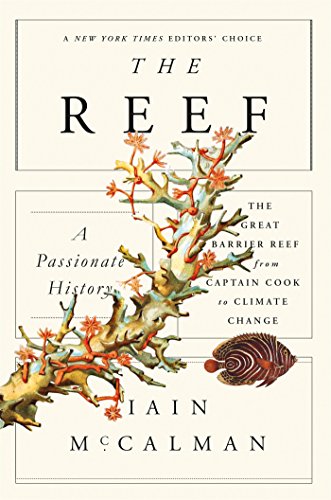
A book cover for The Reef: A Passionate History: The Great Barrier Reef from Captain Cook to Climate Change; Iain McCalman; Science & Math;